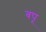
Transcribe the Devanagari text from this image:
बपू